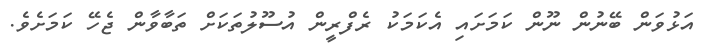
އަޅުވަން ބޭނުން ނޫން ކަމަށައި އެކަމަކު ރެފްރީން އުސޫލުތަކަށް ތަބާވާން ޖެހޭ ކަމަށެވެ.